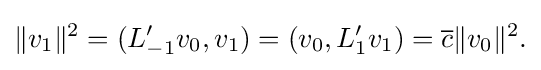
\displaystyle {\|v_{1}\|^{2}=(L_{-1}^{\prime }v_{0},v_{1})=(v_{0},L_{1}^{\prime }v_{1})={\overline {c}}\|v_{0}\|^{2}.}